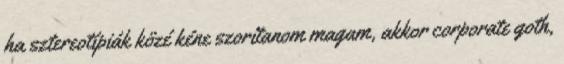
ha sztereotípiák közé kéne szorítanom magam, akkor corporate goth,